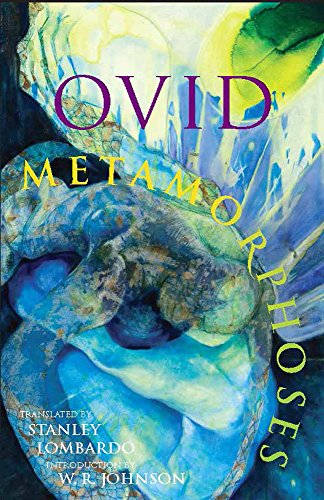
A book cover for Metamorphoses (Hackett Classics); Ovid; Literature & Fiction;